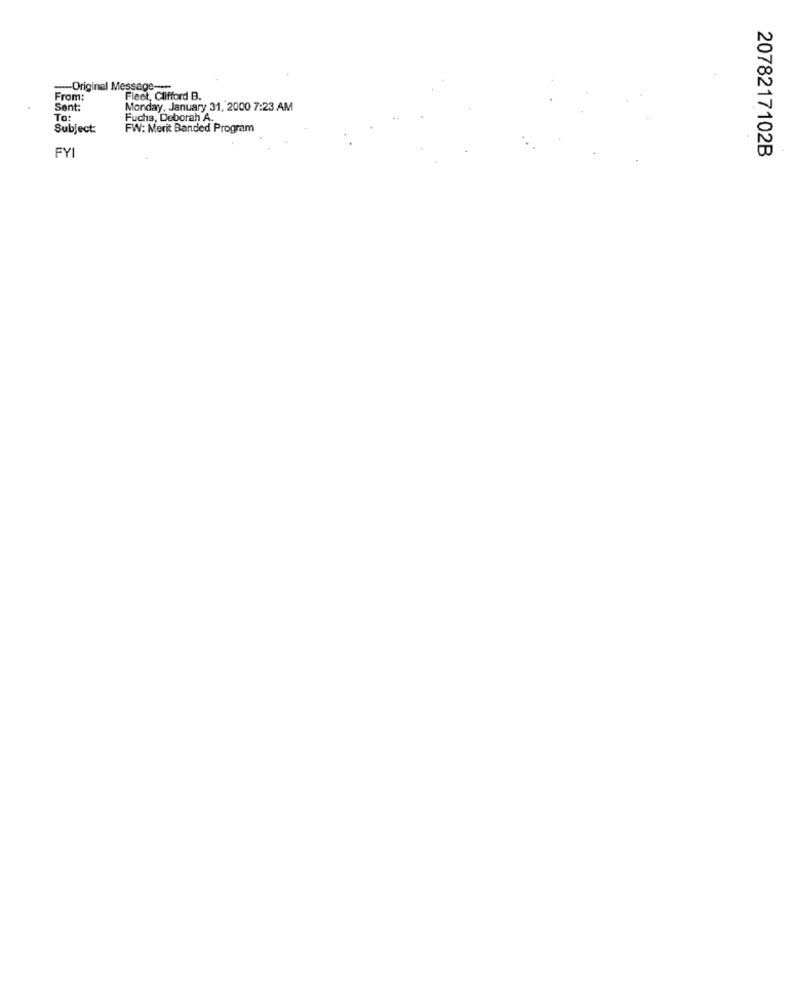
-Original Message ---
From:
Fleet, Clifford B.
Sent:
Monday, January 31, 2000 7:23 AM
To:
Fuchs, Deborah A.
Subject:
FW: Merit Banded Program
FYI
2078217102B